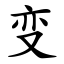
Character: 变